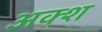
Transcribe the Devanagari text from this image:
अक्श